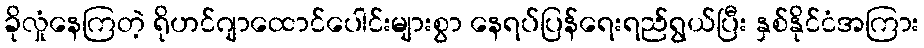
ခိုလှုံနေကြတဲ့ ရိုဟင်ဂျာထောင်ပေါင်းများစွာ နေရပ်ပြန်ရေးရည်ရွယ်ပြီး နှစ်နိုင်ငံအကြား